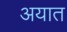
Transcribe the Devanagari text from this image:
अयात